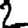
Digit: 2